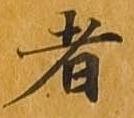
者